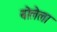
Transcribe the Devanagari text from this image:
बोलेला